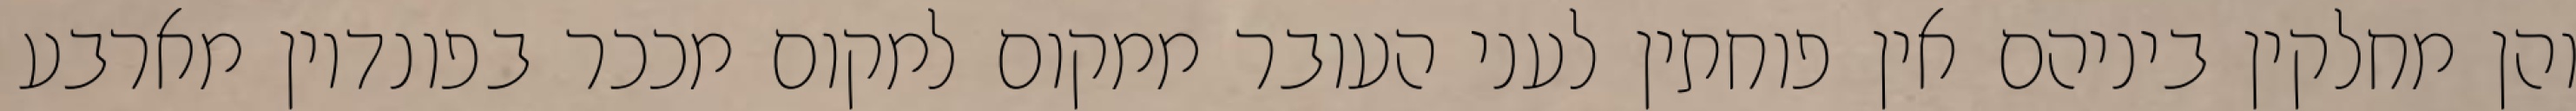
והן מחלקין ביניהם אין פוחתין לעני העובר ממקום למקום מככר בפונדיון מארבע